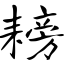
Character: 耪